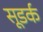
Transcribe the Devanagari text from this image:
सूडर्क